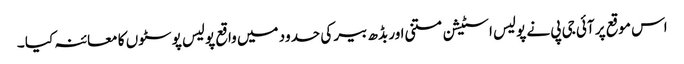
اس موقع پر آئی جی پی نے پولیس اسٹیشن متنی اور بڈھ بیر کی حدود میں واقع پولیس پوسٹوں کا معائنہ کیا ۔